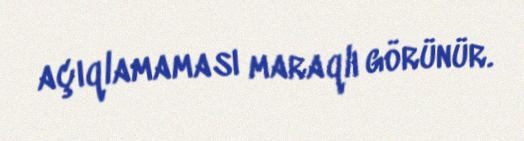
açıqlamaması maraqlı görünür.